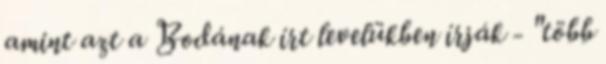
amint azt a Bodának írt levelükben írják - "több